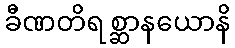
ခီဏတိရစ္ဆာနယောနိ